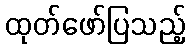
ထုတ်ဖော်ပြသည့်